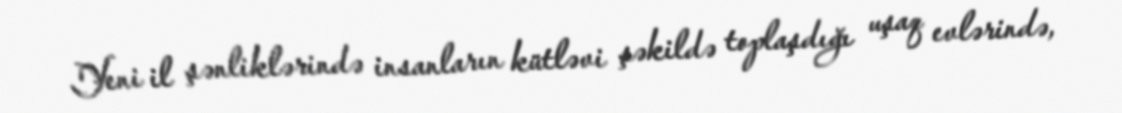
Yeni il şənliklərində insanların kütləvi şəkildə toplaşdığı uşaq evlərində,